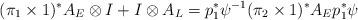
LaTeX: \begin{align*}(\pi_1\times 1)^* A_E\otimes I + I\otimes A_L =p_1^*\psi^{-1} (\pi_2\times 1)^* A_E p_1^*\psi\end{align*}